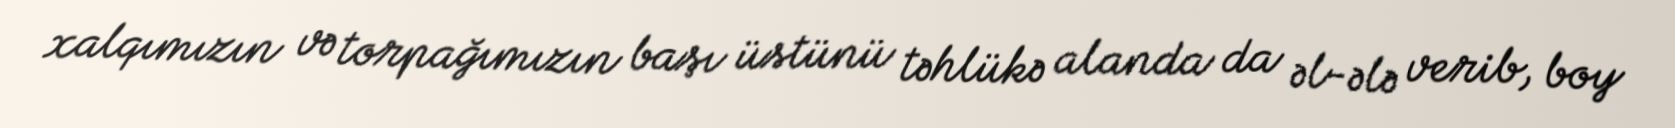
xalqımızın və torpağımızın başı üstünü təhlükə alanda da əl-ələ verib, boy